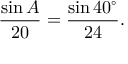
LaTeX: { \frac { \sin A } { 2 0 } } = { \frac { \sin 4 0 ^ { \circ } } { 2 4 } } .